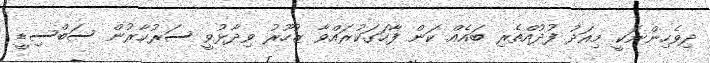
ދިވެހިންނަކީ މިއަދު ފުދުއްތެރި ބައެއް ކަން ފާހަަގަކުރައްވާ ޒުހޫރު ވިދާޅުވީ ސަރުކާރުން ސަބްސިޑީ